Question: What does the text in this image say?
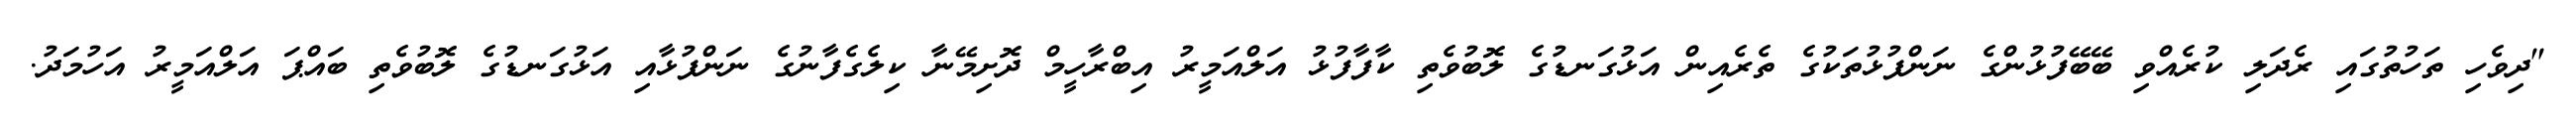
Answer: "ދިވެހި ތަހުތުގައި ރެދަލި ކުރެއްވި ބޭބޭފުޅުންގެ ނަންފުޅުތަކުގެ ތެރެއިން އަޅުގަނޑުގެ ލޮބުވެތި ކާފާފުޅު އަލްއަމީރު އިބްރާހީމް ދޮށިމޭނާ ކިލެގެފާނުގެ ނަންފުޅާއި އަޅުގަނޑުގެ ލޮބުވެތި ބައްޕަ އަލްއަމީރު އަހުމަދު.